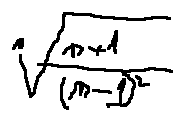
\sqrt [ n ] { \frac { n + 1 } { ( n - 1 ) ^ { 2 } } }